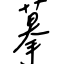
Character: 摹